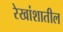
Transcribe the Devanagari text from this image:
रेखांशातील